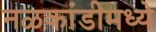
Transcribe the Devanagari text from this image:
नळकांडीमध्ये